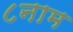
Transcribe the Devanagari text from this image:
८नाम